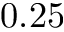
0 . 2 5